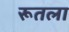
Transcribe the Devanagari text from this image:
रूतला